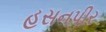
હસનપીર